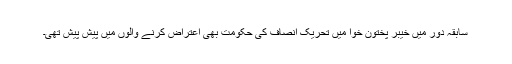
سابقہ دور میں خیبر پختون خوا میں تحریک انصاف کی حکومت بھی اعتراض کرنے والوں میں پیش پیش تھی۔